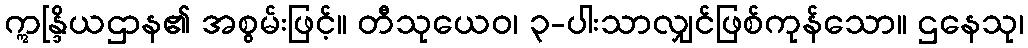
ဣန္ဒြိယဌာန၏ အစွမ်းဖြင့်။ တီသုယေဝ၊ ၃-ပါးသာလျှင်ဖြစ်ကုန်သော။ ဌနေသု၊